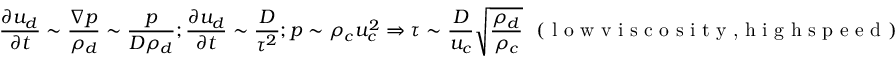
\frac { \partial u _ { d } } { \partial t } \sim \frac { \nabla p } { \rho _ { d } } \sim \frac { p } { D \rho _ { d } } ; \frac { \partial u _ { d } } { \partial t } \sim \frac { D } { \tau ^ { 2 } } ; p \sim \rho _ { c } u _ { c } ^ { 2 } \Rightarrow \tau \sim \frac { D } { u _ { c } } \sqrt { \frac { \rho _ { d } } { \rho _ { c } } } ~ ~ ( \textrm { l o w v i s c o s i t y , h i g h s p e e d } )